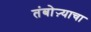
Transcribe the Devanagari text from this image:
तंबोऱ्याचा